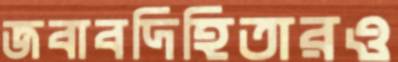
জবাবদিহিতারও